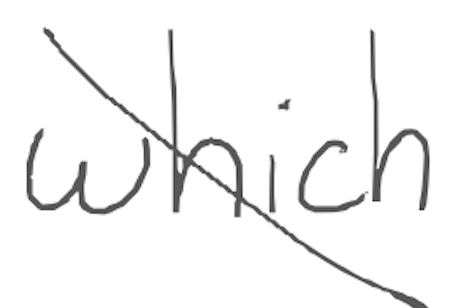
Text: which
Cross-out: diagonal
Writing tool: digital_gray